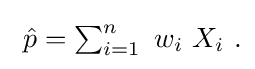
{\textstyle \ {\hat {p}}=\sum _{i=1}^{n}\ w_{i}\ X_{i}~.}